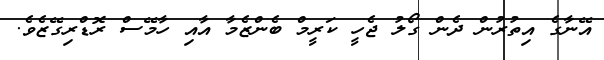
އޭނާގެ އިތުރުން ދެން ގޯލު ޖެހީ ކަރީމް ބެންޒެމާ އާއި ހާމޭސް ރޮޑްރިގޭޒެވެ.